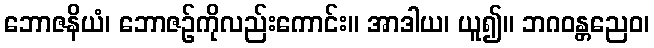
ဘောဇနိယံ၊ ဘောဇဉ်ကိုလည်းကောင်း။ အာဒါယ၊ ယူ၍။ ဘဂဝန္တညေဝ၊